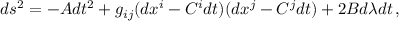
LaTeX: d s ^ { 2 } = - A d t ^ { 2 } + g _ { i j } ( d x ^ { i } - C ^ { i } d t ) ( d x ^ { j } - C ^ { j } d t ) + 2 B d \lambda d t \, ,